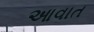
આવાત